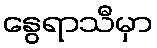
နွေရာသီမှာ